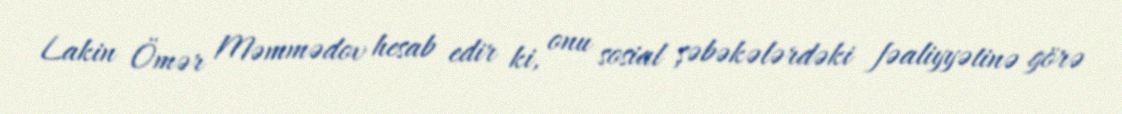
Lakin Ömər Məmmədov hesab edir ki, onu sosial şəbəkələrdəki fəaliyyətinə görə